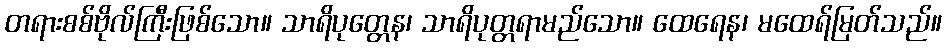
တရားစစ်ဗိုလ်ကြီးဖြစ်သော။ သာရိပုတ္တေန၊ သာရိပုတ္တရာမည်သော။ ထေရေန၊ မထေရ်မြတ်သည်။